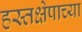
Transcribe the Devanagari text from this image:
हस्तक्षेपाच्या